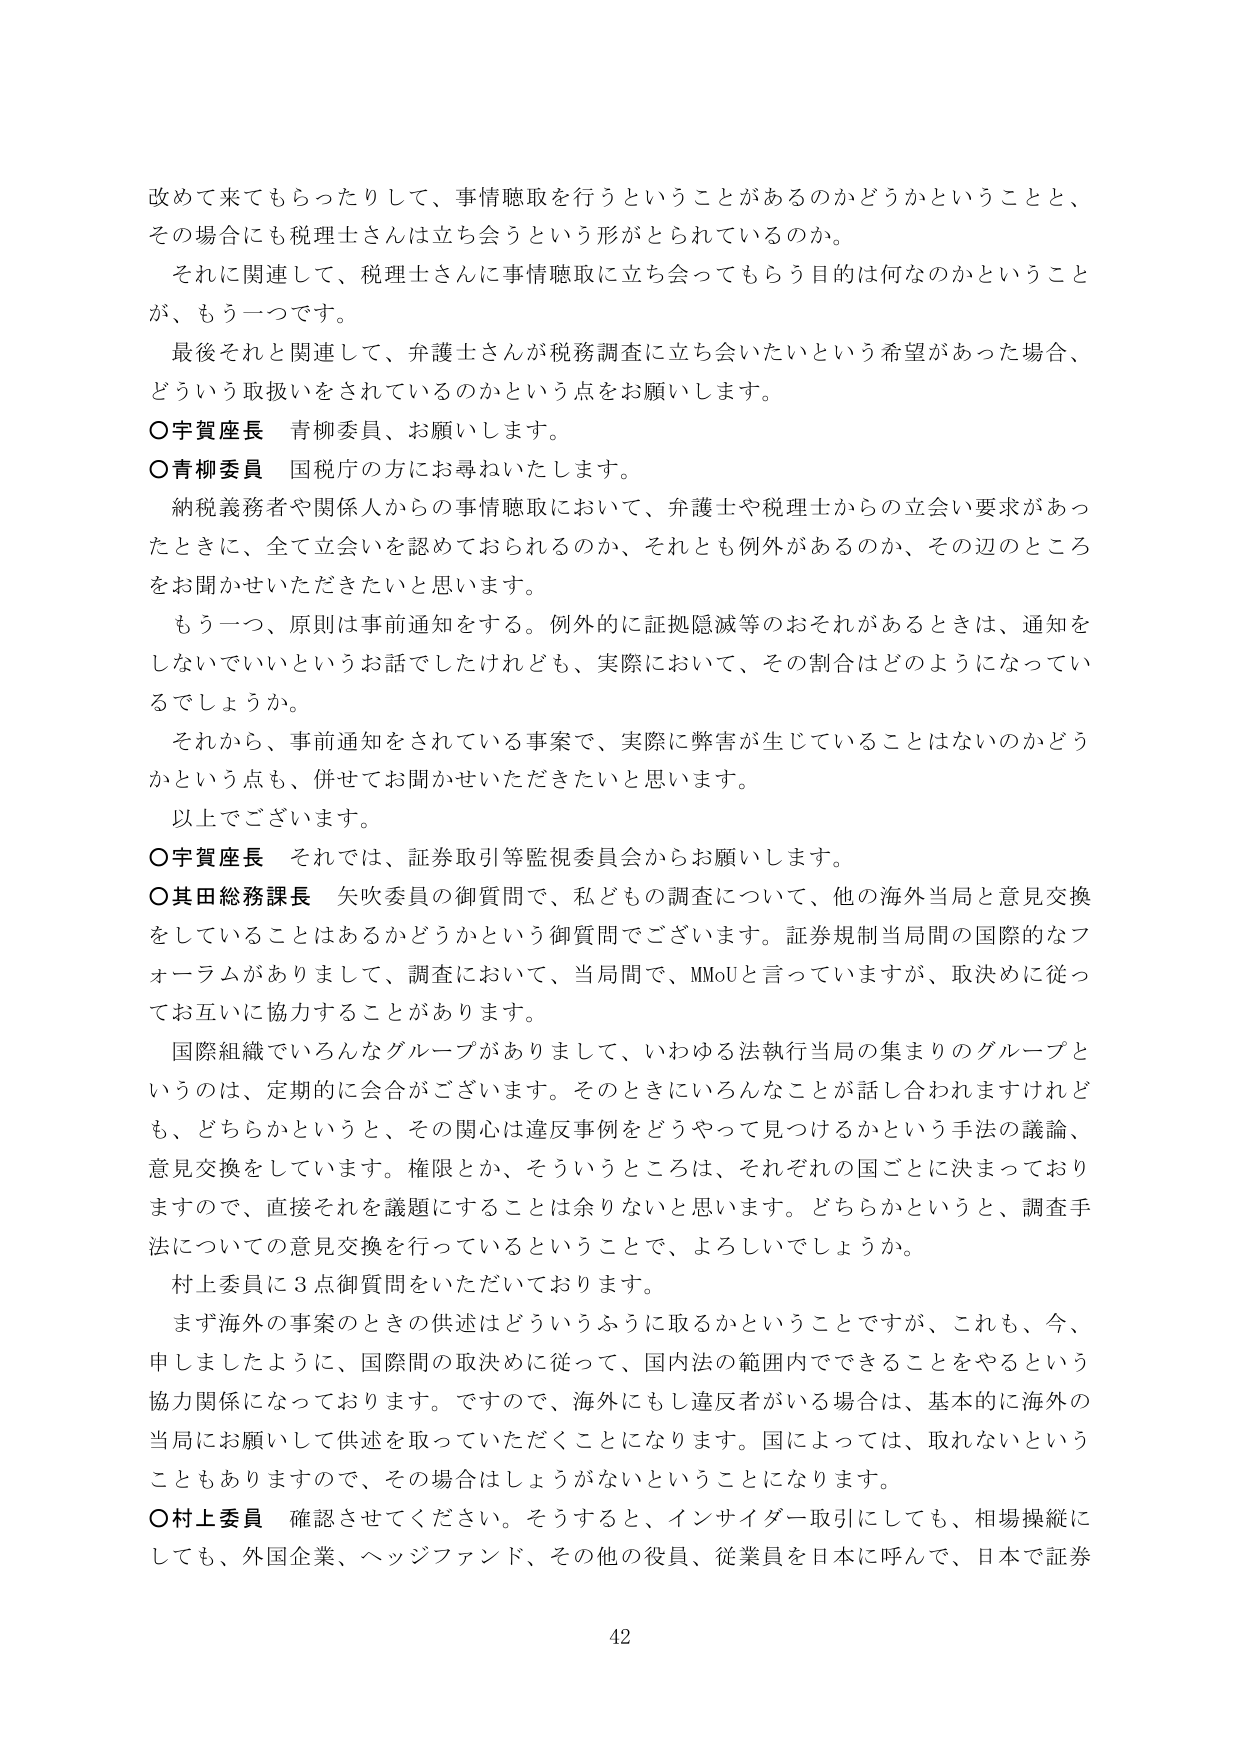
改めて来てもらったりして、事情聴取を行うということがあるのかどうかということと、
その場合にも税理士さんは立ち会うという形がとられているのか。

それに関連して、税理士さんに事情聴取に立ち会ってもらう目的は何なのかということが、もう一つです。

最後それと関連して、弁護士さんが税務調査に立ち会いたいという希望があった場合、
どういう取扱いをされているのかという点をお願いします。

○宇賀座長　青柳委員、お願いします。

○青柳委員　国税庁の方にお尋ねいたします。

納税義務者や関係人からの事情聴取において、弁護士や税理士からの立会い要求があったときに、全て立会いを認めておられるのか、それとも例外があるのか、その辺のところをお聞かせいただきたいと思います。

もう一つ、原則は事前通知をする。例外的に証拠隠滅等のおそれがあるときは、通知をしないでいいというお話でしたけれども、実際において、その割合はどのようになっているでしょうか。

それから、事前通知をされている事案で、実際に弊害が生じていることはないのかどうかという点も、併せてお聞かせいただきたいと思います。

以上でございます。

○宇賀座長　それでは、証券取引等監視委員会からお願いします。

○其田総務課長　矢吹委員の御質問で、私どもの調査について、他の海外当局と意見交換をしていることはあるかどうかという御質問でございます。証券規制当局間の国際的なフォーラムがありまして、調査において、当局間で、MMoUと言っていますが、取決めに従ってお互いに協力することがあります。

国際組織でいろんなグループがありまして、いわゆる法執行当局の集まりのグループというのは、定期的に会合がございます。そのときにいろんなことが話し合われますけれども、どちらかというと、その関心は違反事例をどうやって見つけるかという手法の議論、意見交換をしています。権限とか、そういうところは、それぞれの国ごとに決まっておりますので、直接それを議題にすることは余りないと思います。どちらかというと、調査手法についての意見交換を行っているということで、よろしいでしょうか。

村上委員に3点御質問をいただいております。

まず海外の事案のときの供述はどういうふうに取るかということですが、これも、今、申しましたように、国際間の取決めに従って、国内法の範囲内でできることをやるという協力関係になっております。ですので、海外にもし違反者がいる場合は、基本的に海外の当局にお願いして供述を取っていただくことになります。国によっては、取れないということもありますので、その場合はしょうがないということになります。

○村上委員　確認させてください。そうすると、インサイダー取引にしても、相場操縦にしても、外国企業、ヘッジファンド、その他の役員、従業員を日本に呼んで、日本で証券

42